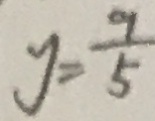
y = \frac { 9 } { 5 }